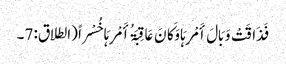
فَذَاقَتْ وَبَالَ أَمْرِہَا وَکَانَ عَاقِبَۃُ أَمْرِہَا خُسْراً (الطلاق: 7۔